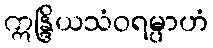
ဣန္ဒြိယသံဝရမ္ပာဟံ